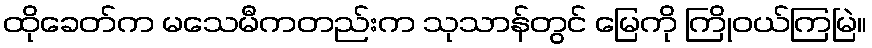
ထိုခေတ်က မသေမီကတည်းက သုသာန်တွင် မြေကို ကြိုဝယ်ကြမြဲ။